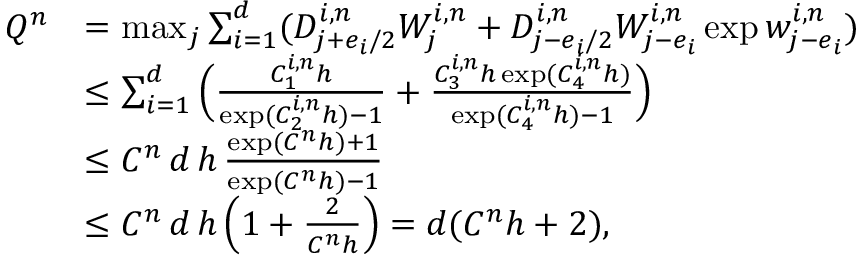
\begin{array} { r l } { Q ^ { n } } & { = \operatorname* { m a x } _ { j } \sum _ { i = 1 } ^ { d } ( D _ { j + e _ { i } / 2 } ^ { i , n } W _ { j } ^ { i , n } + D _ { j - e _ { i } / 2 } ^ { i , n } W _ { j - e _ { i } } ^ { i , n } \exp w _ { j - e _ { i } } ^ { i , n } ) } \\ & { \leq \sum _ { i = 1 } ^ { d } \Big ( \frac { C _ { 1 } ^ { i , n } h } { \exp ( C _ { 2 } ^ { i , n } h ) - 1 } + \frac { C _ { 3 } ^ { i , n } h \exp ( C _ { 4 } ^ { i , n } h ) } { \exp ( C _ { 4 } ^ { i , n } h ) - 1 } \Big ) } \\ & { \leq C ^ { n } \, d \, h \, \frac { \exp ( C ^ { n } h ) + 1 } { \exp ( C ^ { n } h ) - 1 } } \\ & { \leq C ^ { n } \, d \, h \, \Big ( 1 + \frac { 2 } { C ^ { n } h } \Big ) = d ( C ^ { n } h + 2 ) , } \end{array}